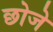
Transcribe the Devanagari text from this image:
छोजे